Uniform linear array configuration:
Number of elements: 4
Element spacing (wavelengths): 0.75
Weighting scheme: hamming
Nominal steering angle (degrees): -30
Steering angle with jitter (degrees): -28.368
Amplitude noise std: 0.05
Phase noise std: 0.05

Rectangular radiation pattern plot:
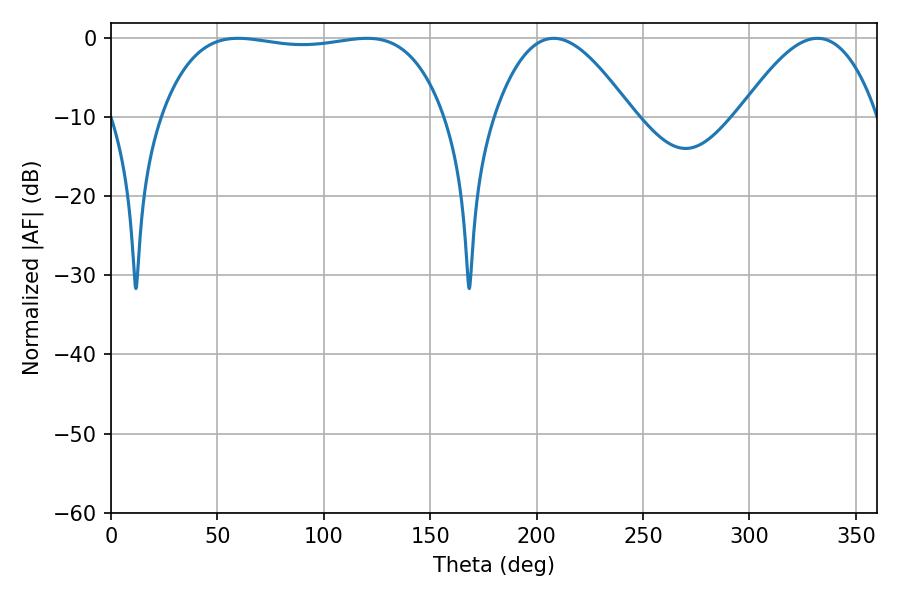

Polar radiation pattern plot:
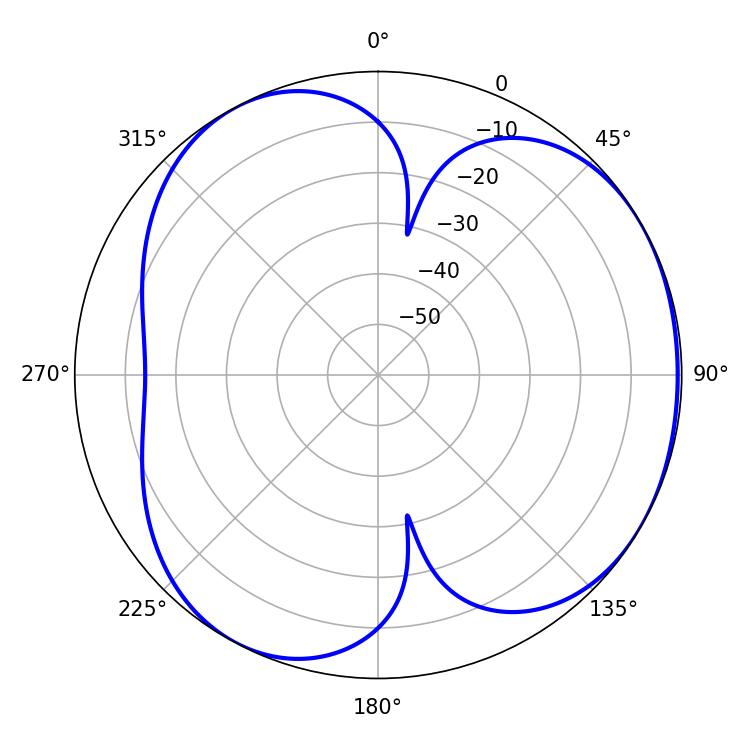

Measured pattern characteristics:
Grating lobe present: TRUE
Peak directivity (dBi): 4.004
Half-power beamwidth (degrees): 105.84
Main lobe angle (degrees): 120.24